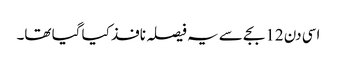
اسی دن 12 بجے سے یہ فیصلہ نافذ کیا گیا تھا۔